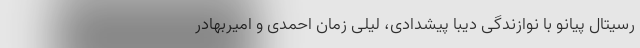
رسیتال پیانو با نوازندگی دیبا پیشدادی، لیلی زمان احمدی و امیربهادر